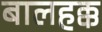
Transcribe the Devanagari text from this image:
बालहक्क